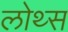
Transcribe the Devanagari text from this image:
लोथ्स